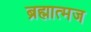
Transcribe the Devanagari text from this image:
ब्रह्मात्मज